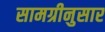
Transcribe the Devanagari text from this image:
सामग्रीनुसार